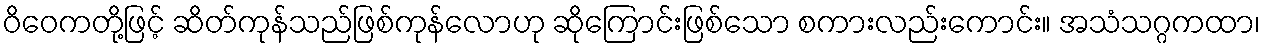
ဝိဝေကတို့ဖြင့် ဆိတ်ကုန်သည်ဖြစ်ကုန်လောဟု ဆိုကြောင်းဖြစ်သော စကားလည်းကောင်း။ အသံသဂ္ဂကထာ၊